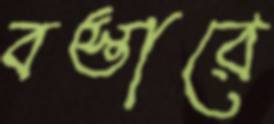
বস্তারে